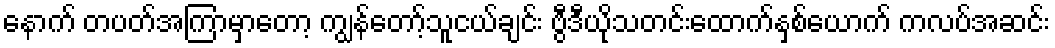
နောက် တပတ်အကြာမှာတော့ ကျွန်တော့်သူငယ်ချင်း ဗွီဒီယိုသတင်းထောက်နှစ်ယောက် ကလပ်အဆင်း